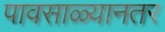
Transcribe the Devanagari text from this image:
पावसाळ्यानतर